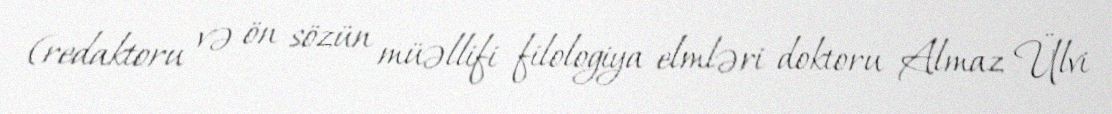
(redaktoru və ön sözün müəllifi filologiya elmləri doktoru Almaz Ülvi